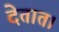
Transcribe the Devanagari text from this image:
देतात।